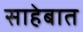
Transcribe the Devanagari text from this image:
साहेबात